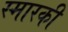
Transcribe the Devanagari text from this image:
स्मारकी